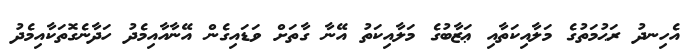
އެހިނދު ރަޙުމަތުގެ މަލާއިކަތާއި ޢަޒާބުގެ މަލާއިކަތު އޭނާ ގާތަށް ވަޑައިގެން އޭނާއާއިމެދު ހަދާނެގޮތަކާއިމެދު